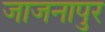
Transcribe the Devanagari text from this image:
जाजनापुर